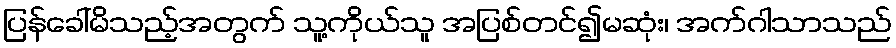
ပြန်ခေါ်မိသည့်အတွက် သူ့ကိုယ်သူ အပြစ်တင်၍မဆုံး၊ အက်ဂါသာသည်